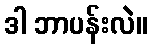
ဒါ ဘာပန်းလဲ။